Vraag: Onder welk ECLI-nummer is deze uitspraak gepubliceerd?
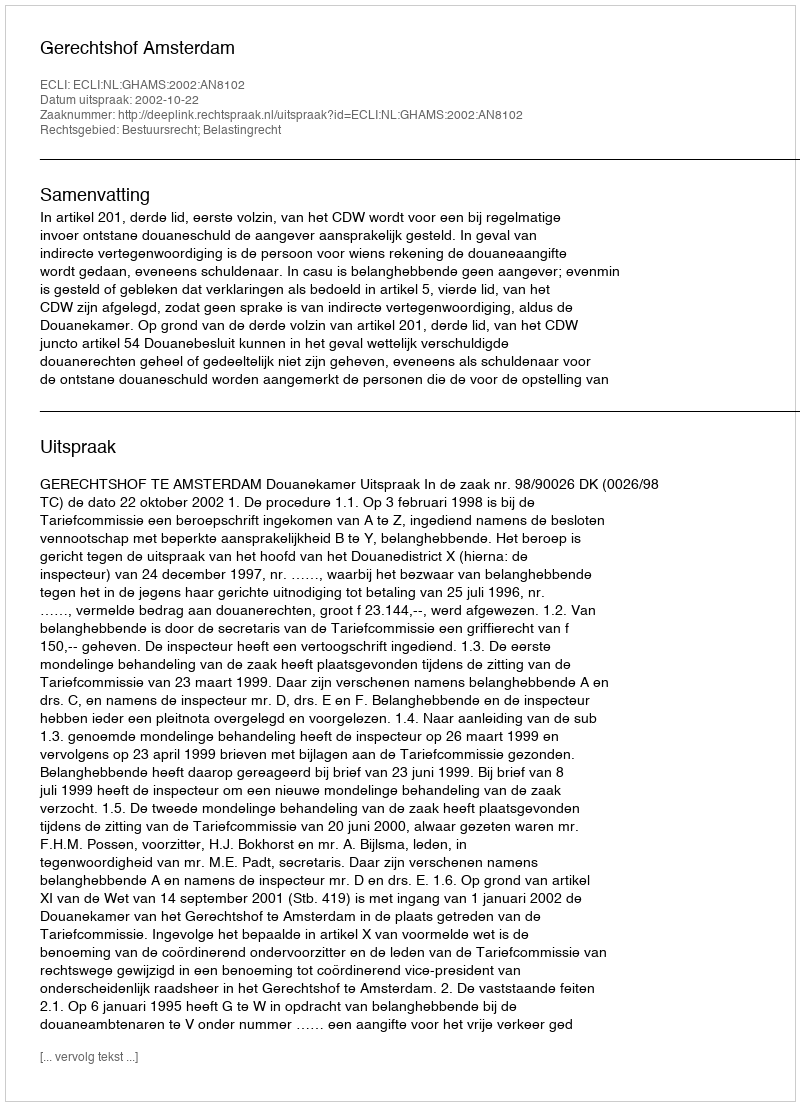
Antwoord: ECLI:NL:GHAMS:2002:AN8102